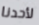
لأحدنا